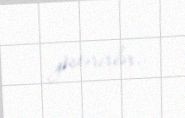
göstərirlər.